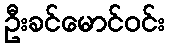
ဦးခင်မောင်ဝင်း